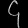
Digit: ၄